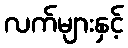
လက်များနှင့်